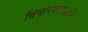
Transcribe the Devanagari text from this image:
विचारण्यासाठि